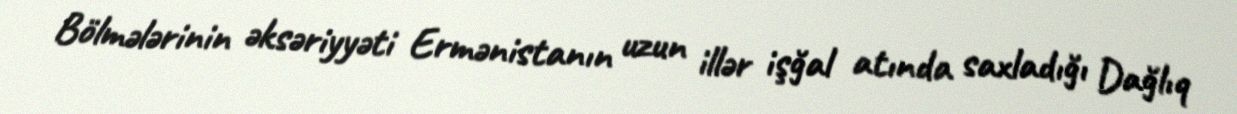
Bölmələrinin əksəriyyəti Ermənistanın uzun illər işğal atında saxladığı Dağlıq